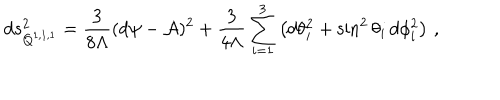
d s _ { Q ^ { 1 , 1 , 1 } } ^ { 2 } = \frac { 3 } { 8 \Lambda } ( d \psi - { \cal A } ) ^ { 2 } + \frac { 3 } { 4 \Lambda } \sum _ { i = 1 } ^ { 3 } \left( d \theta _ { i } ^ { 2 } + \sin ^ { 2 } \theta _ { i } \, d \phi _ { i } ^ { 2 } \right) \, ,